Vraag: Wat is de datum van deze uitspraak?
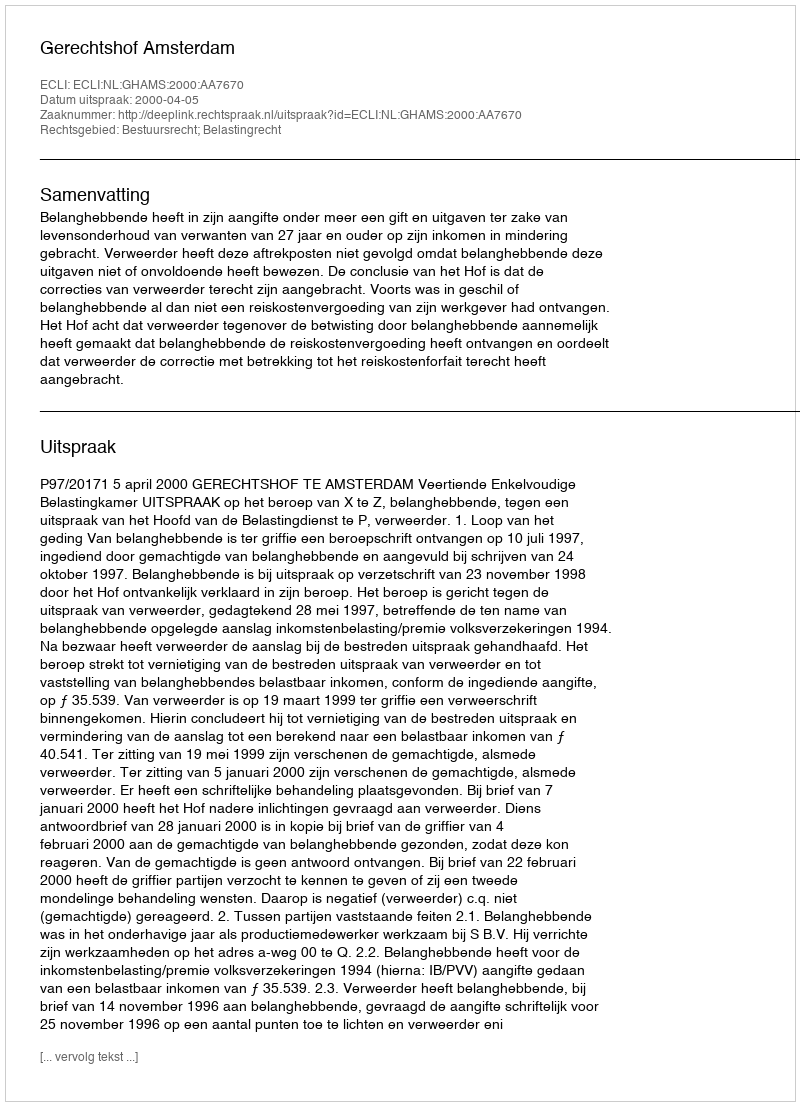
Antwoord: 2000-04-05